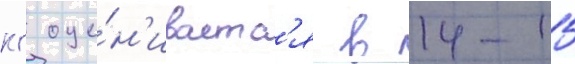
кг оце́н'иваетс'я в 14-15